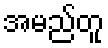
အမည်တူ